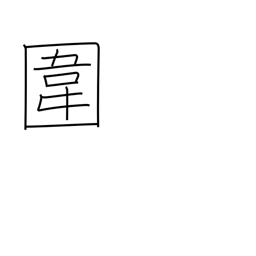
Meaning: preserve